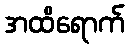
အထိရောက်